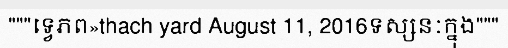
"""ទ្វេភព»thach yard August 11, 2016ទស្សនៈក្នុង"""